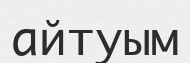
айтуым